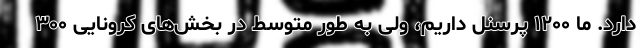
دارد. ما ۱۲۰۰ پرسنل داریم، ولی به طور متوسط در بخش‌های کرونایی ۳۰۰